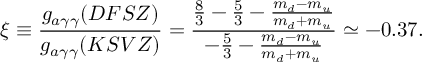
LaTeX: \xi \equiv \frac { g _ { a \gamma \gamma } ( D F S Z ) } { g _ { a \gamma \gamma } ( K S V Z ) } = \frac { \frac { 8 } { 3 } - \frac { 5 } { 3 } - \frac { m _ { d } - m _ { u } } { m _ { d } + m _ { u } } } { - \frac { 5 } { 3 } - \frac { m _ { d } - m _ { u } } { m _ { d } + m _ { u } } } \simeq - 0 . 3 7 .